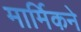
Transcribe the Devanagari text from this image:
मार्मिकने